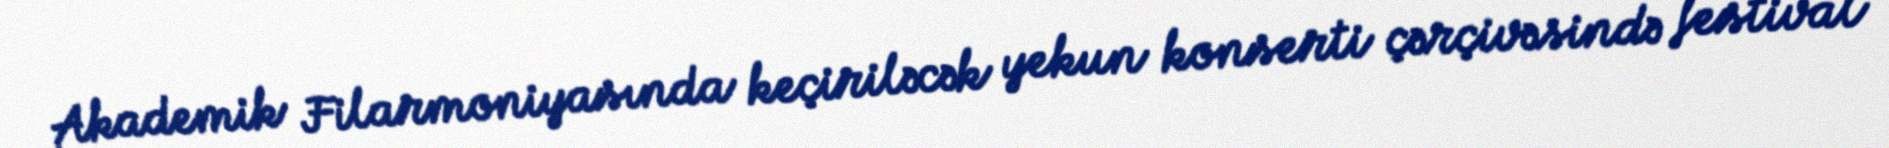
Akademik Filarmoniyasında keçiriləcək yekun konserti çərçivəsində festival